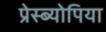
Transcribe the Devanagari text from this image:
प्रेस्ब्योपिया